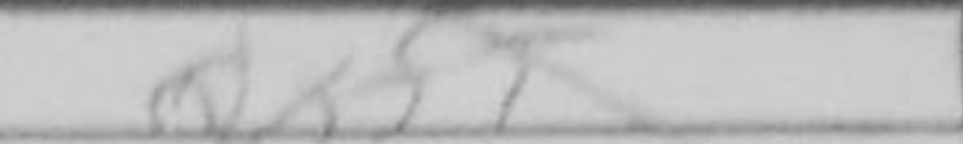
Transcription: Qxf5